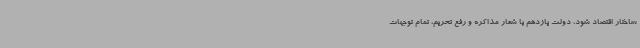
ساختار اقتصاد شود، دولت یازدهم با شعار مذاکره و رفع تحریم، تمام توجهات